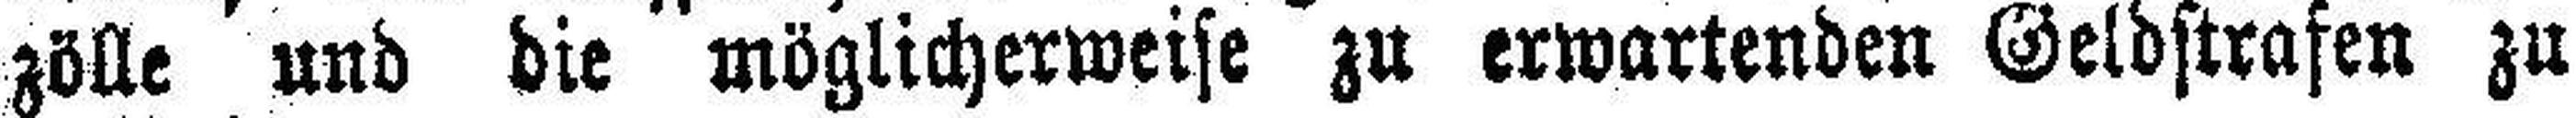
zölle und die möglicherweise zu erwartenden Geldstrafen zu